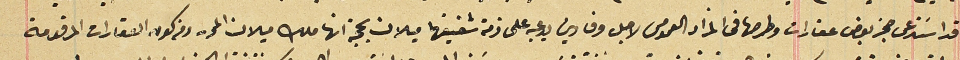
قد اسَتدعى حجز بعض عقارات وطرحها فى المزاد العمومى لاجل وفا دين يدعيه على ذمة شقيقهما ميلان بحجة انها ملك ميلان المحرر ومن كون العقارات المرقومة